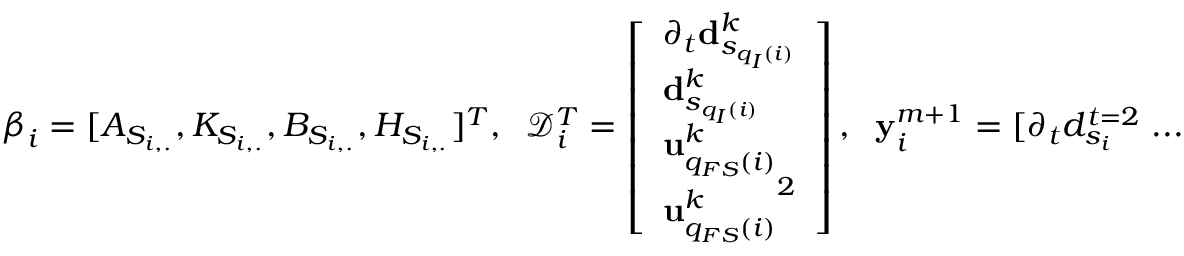
\boldsymbol { \beta } _ { i } = [ A _ { S _ { i , . } } , K _ { S _ { i , . } } , B _ { S _ { i , . } } , H _ { S _ { i , . } } ] ^ { T } , \; \; \mathcal { D } _ { i } ^ { T } = \left[ \begin{array} { l } { \partial _ { t } \mathbf { d } _ { s _ { q _ { I } ( i ) } } ^ { k } } \\ { \mathbf { d } _ { s _ { q _ { I } ( i ) } } ^ { k } } \\ { \mathbf { u } _ { q _ { F S } ( i ) } ^ { k } } \\ { { \mathbf { u } _ { q _ { F S } ( i ) } ^ { k } } ^ { 2 } } \end{array} \right] , \; \; \mathbf { y } _ { i } ^ { m + 1 } = [ \partial _ { t } { d } _ { s _ { i } } ^ { t = 2 } \; . . . \; \partial _ { t } { d } _ { s _ { i } } ^ { t = n _ { T _ { 1 } } } ] ^ { T } .